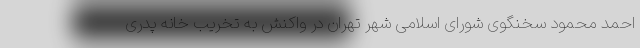
احمد محمود سخنگوی شورای اسلامی شهر تهران در واکنش به تخریب خانه پدری